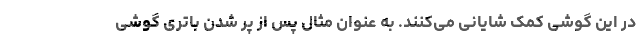
در این گوشی کمک شایانی می‌کنند. به عنوان مثال پس از پر شدن باتری گوشی